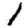
Digit: 1